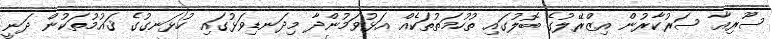
ސޫރިއާ ސަރުކާރުން އިޒްރޭލުގެ ބޮލުގައި ތުހުމަތުތަކެއް އަޅުވަމުންދާ މިދަނޑިވަޅުގައި ހުޅަނގުގެ ޤައުމުތަކުން ދަނީ